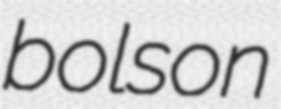
bolson